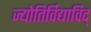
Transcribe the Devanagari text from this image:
ज्योतिर्विद्याविद्